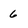
Character: 6